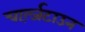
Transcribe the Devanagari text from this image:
चार्ल्ज़टाउन